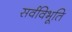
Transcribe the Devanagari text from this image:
सर्वविभूति